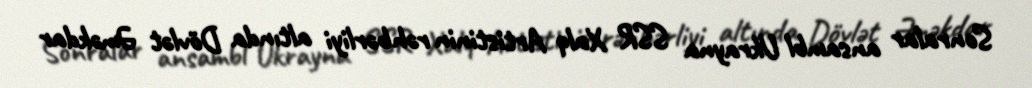
Sonralar ansambl Ukrayna SSR Xalq Artistinin rəhbərliyi altında Dövlət Əməkdar